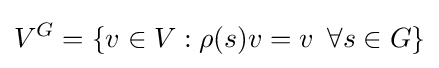
V^{G}=\{v\in V:\rho (s)v=v\,\,\,\forall s\in G\}